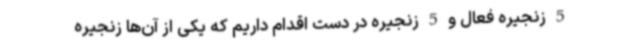
5 زنجیره فعال و 5 زنجیره در دست اقدام داریم که یکی از آن‌ها زنجیره